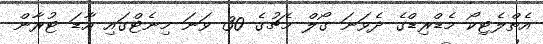
އެތްލެޓިކޯ މެޑްރިޑްގެ ދެވަނަ ގޯލް މެޗުގެ 30 ވަނަ މިނެޓްގައި އާޑަ ޓުރާން